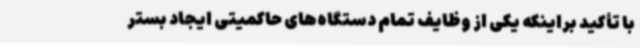
با تأکید براینکه یکی از وظایف تمام دستگاه‌های حاکمیتی ایجاد بستر